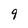
Character: 9